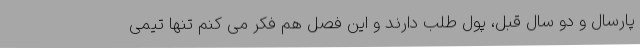
پارسال و دو سال قبل، پول طلب دارند و این فصل هم فکر می کنم تنها تیمی